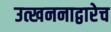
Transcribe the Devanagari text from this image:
उत्खननाद्वारेच